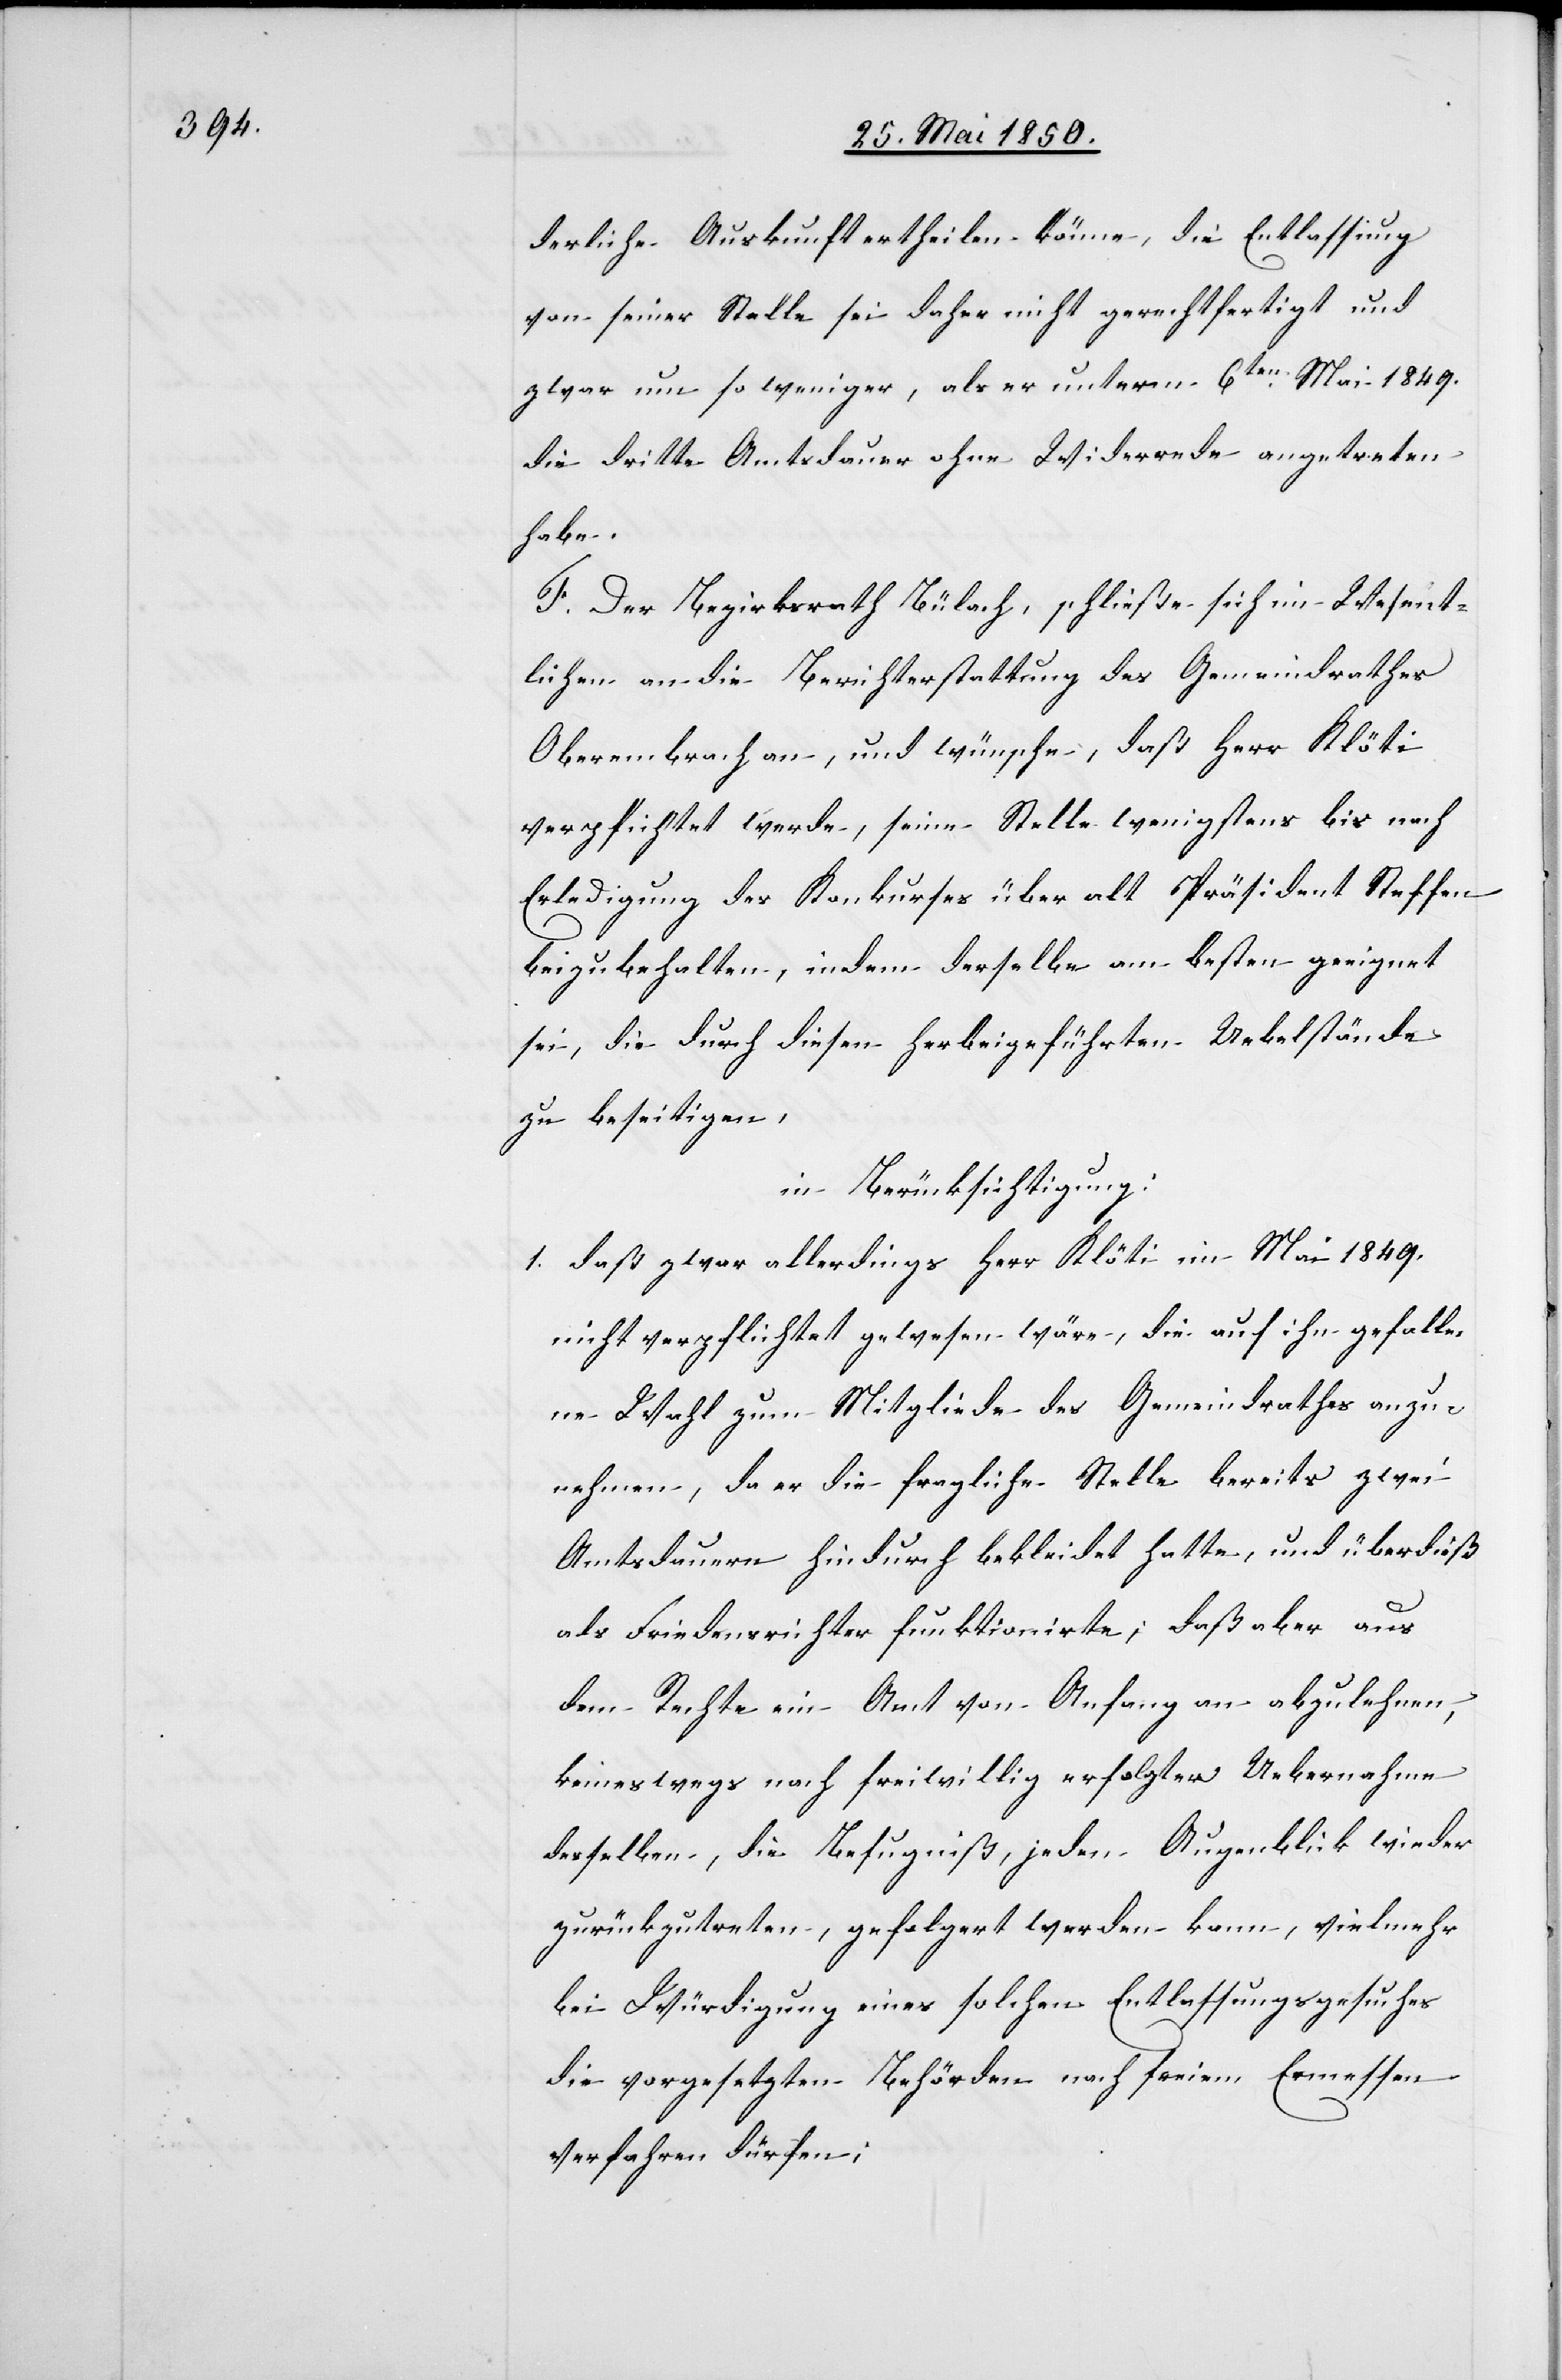
derliche Auskunft ertheilen könne, die Entlassung
von seiner Stelle sei daher nicht gerechtfertigt und
zwar um so weniger, als er unterm 6ten Mai 1849.
die dritte Amtsdauer ohne Widerrede angetreten
habe.
F. Der Bezirksrath Bülach, schließe sich im Wesent¬
lichen an die Berichterstattung des Gemeindrathes
Oberembrach an, und wünsche, daß Herr Klöti
verpflichtet werde, seine Stelle wenigstens bis nach
Erledigung des Konkurses über alt Präsident Steffen
beizubehalten, indem derselbe am besten geeignet
sei, die durch diesen herbeigeführten Uebelstände
zu beseitigen,
in Berücksichtigung:
1. daß zwar allerdings Herr Klöti im Mai 1849.
nicht verpflichtet gewesen wäre, die auf ihn gefalle¬
ne Wahl zum Mitgliede des Gemeindrathes anzu¬
nehmen, da er die fragliche Stelle bereits zwei
Amtsdauern hindurch bekleidet hatte, und überdieß
als Friedensrichter funktionirte; daß aber aus
dem Rechte ein Amt von Anfang an abzulehnen,
keineswegs nach freiwillig erfolgter Uebernahme
desselben, die Befugniß, jeden Augenblick wieder
zurückzutreten, gefolgert werden kann, vielmehr
bei Würdigung eines solchen Entlassungsgesuches
die vorgesetzten Behörden nach freiem Ermessen
verfahren dürfen;